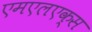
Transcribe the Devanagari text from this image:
एमएलएक्स